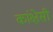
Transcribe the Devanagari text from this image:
कांक्षेसी